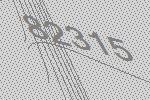
82315